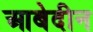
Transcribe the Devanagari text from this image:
आबेदीन